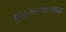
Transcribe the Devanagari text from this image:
पुनरुत्स्थानाचा